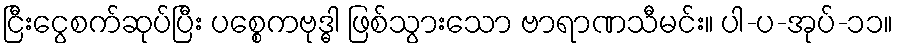
ငြီးငွေစက်ဆုပ်ပြီး ပစ္စေကဗုဒ္ဓါ ဖြစ်သွားသော ဗာရာဏသီမင်း။ ပါ-ပ-အုပ်-၁၁။